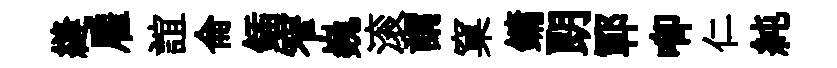
縫雇誼侖鍤窄巍滚謂窠鏞朗鄆唧仁純